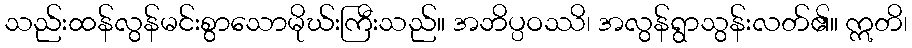
သည်းထန်လွန်မင်းစွာသောမိုဃ်းကြီးသည်။ အဘိပ္ပဝဿိ၊ အလွန်ရွာသွန်းလတ်၏။ ဣတိ၊